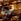
بي